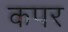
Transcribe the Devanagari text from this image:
कपर